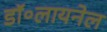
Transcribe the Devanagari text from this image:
डॉ॰लायनेल